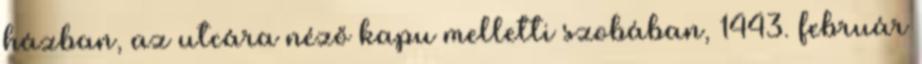
házban, az utcára néző kapu melletti szobában, 1443. február